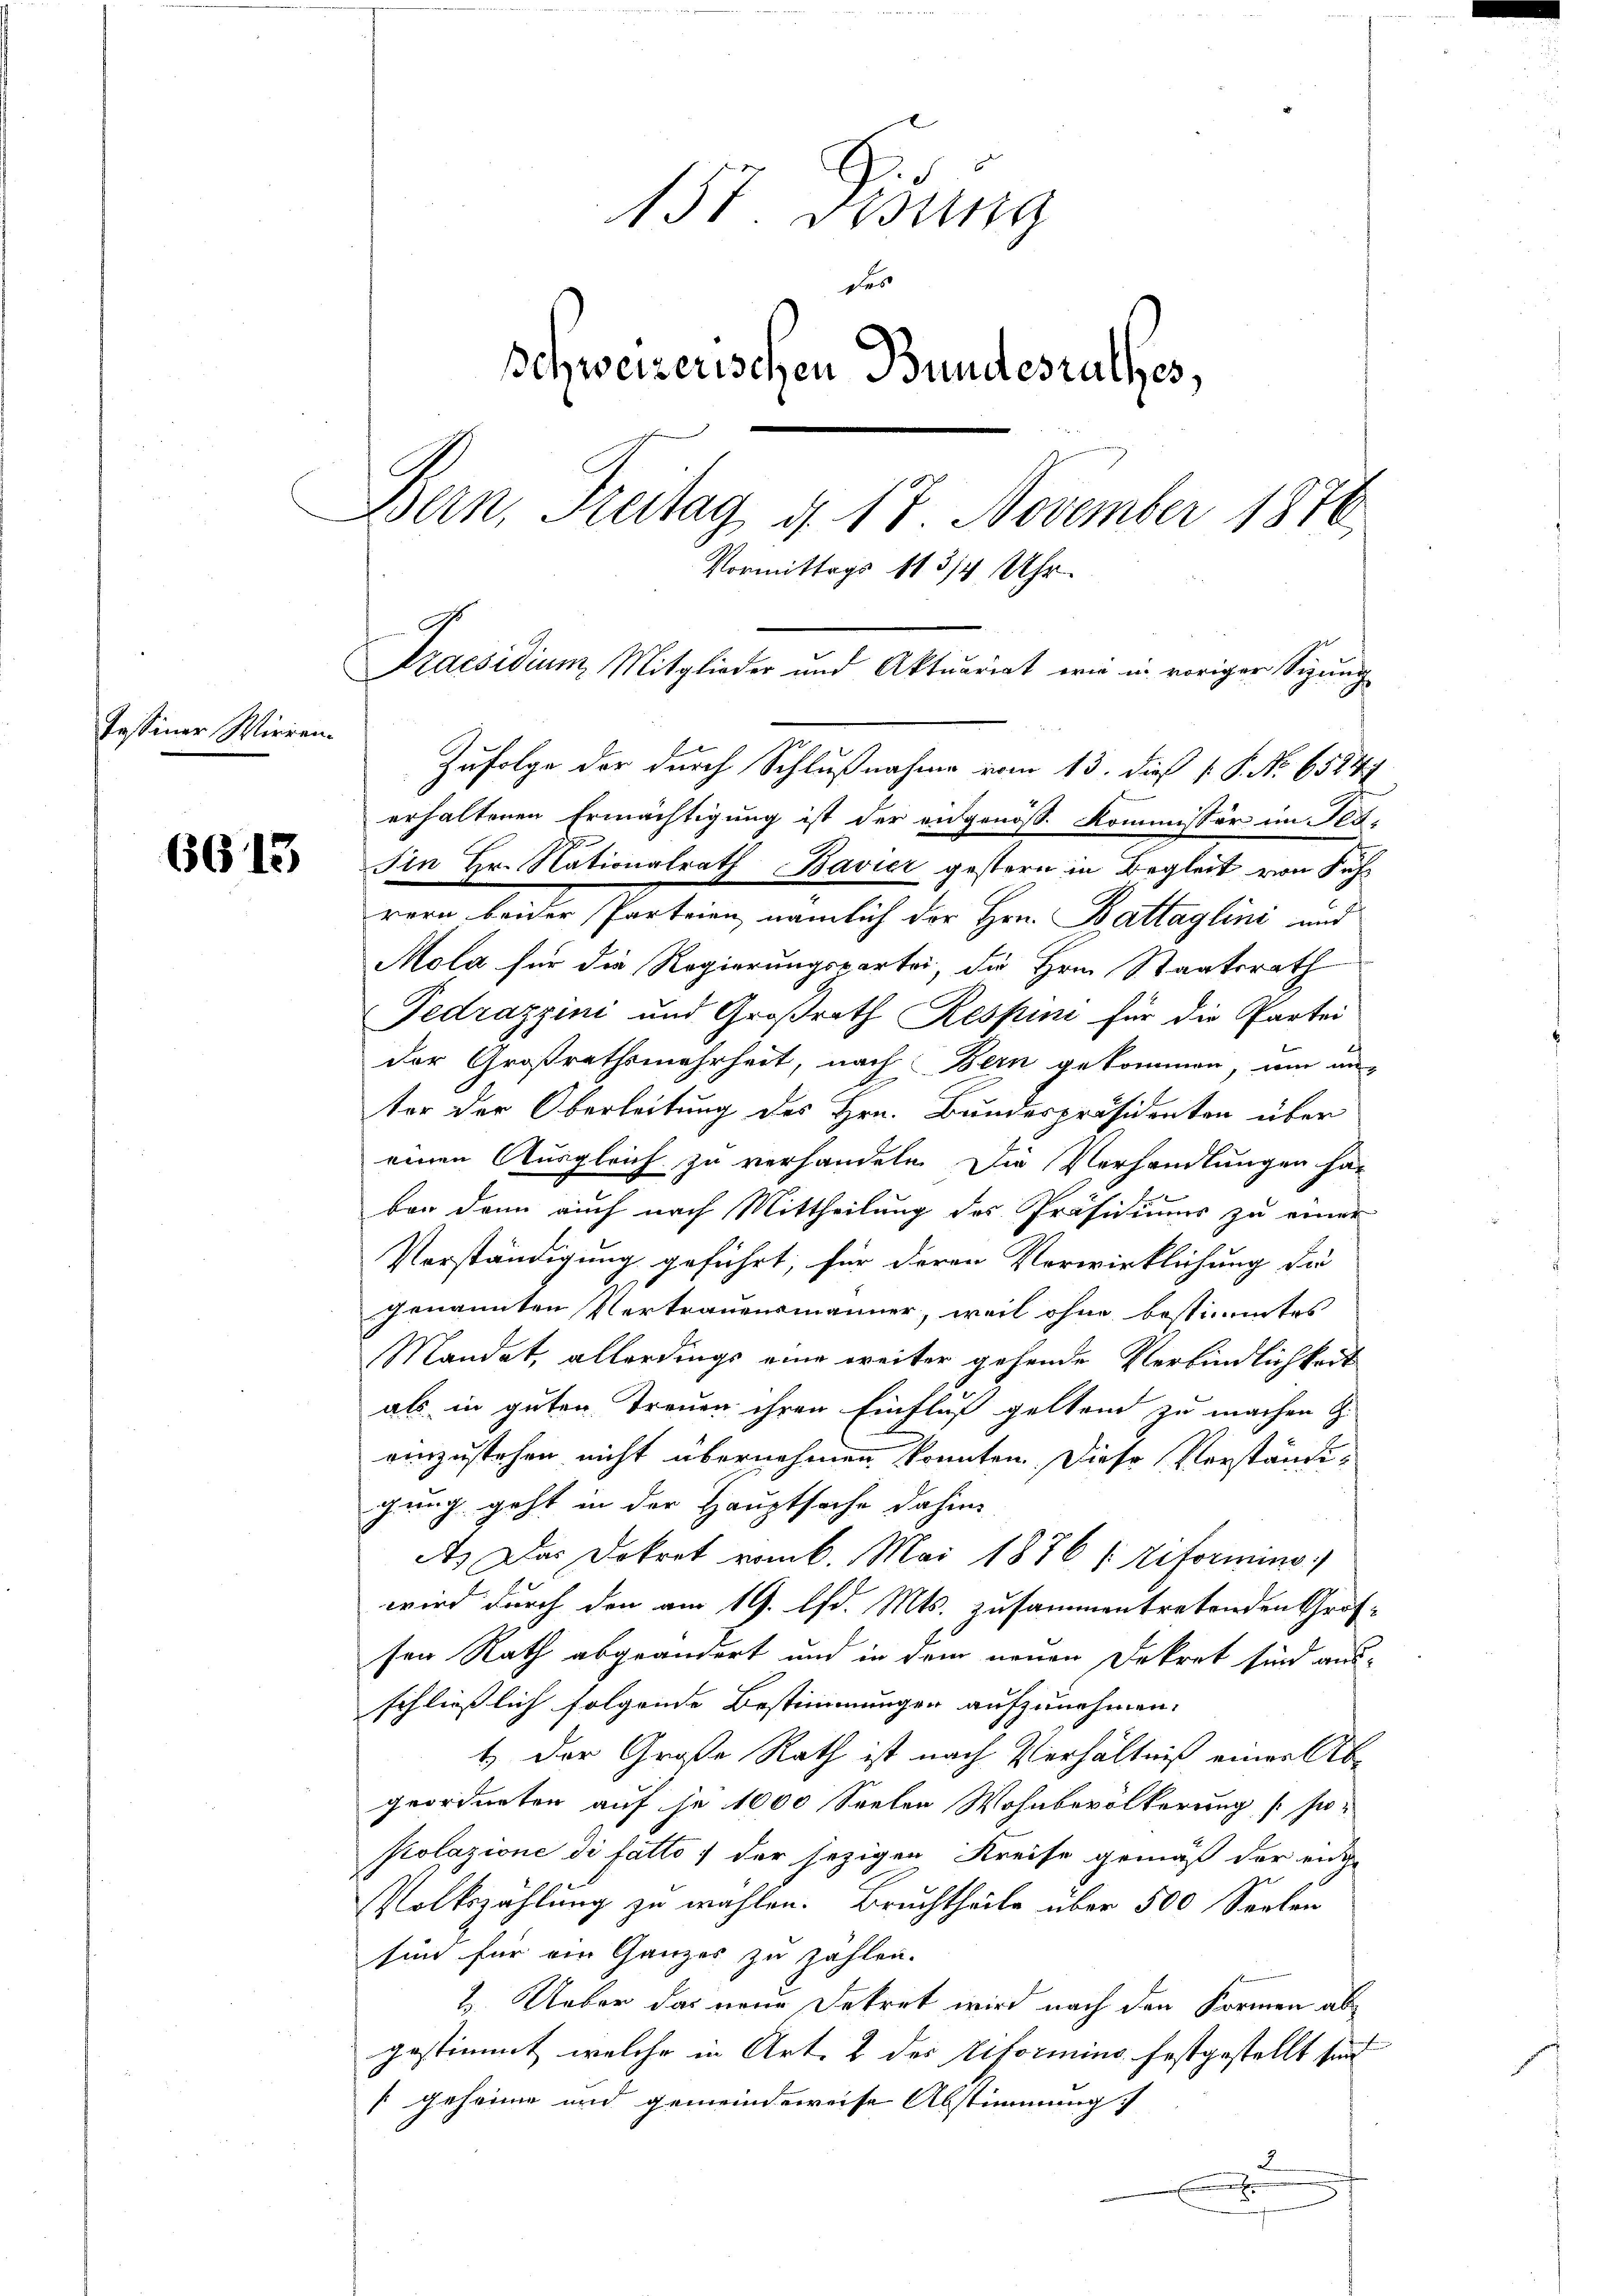
Pessiner Wirren.

6613

15t Ordung
des
schweizerischen Bundesrathes,
Bern, Kreitag d. 17. November 1876
Vormittags 113/4 Uhr.
Praesidium Mitglieder und Aktuariat wie in voriger Sigung

erhaltenen Ermächtigung ist der eidgenös. Kommissär im Pla-
Iin Hr. Nationalrath Bavier gestern in Begleit von Führern beider Parteien, nämlich der Hrn. Battaglini und
Mola für die Regierungspartei, die Hrn. Staatsrath
Fedrazzini und Großrath Respin für die Partei
der Großrathsmehrheit, nach Bern gekommen, um untor der Oberleitung des Hrn. Bundespräsidenten über
einen Ausgleich zu verhandeln. Die Verhandlungen hat
ban dann auch nach Mittheilung des Präsidiums zu einer
Verständigung geführt, für deren Verwirklichung di
genannten Vertrauensmänner, weil ohne bestimmtes
Mandet, allerdings eine weiter gehende Verbindlichkeit
als in guten Treuen ihren Einfluß geltend zu machen G
einzustehen nicht übernehmen konnten. Diese Verständigung geht in der Hauptsache dahin,
A. Das Dokret vom 6. Mai 1876 (: Reformino
wird durch den am 19. d. Mts. zusammentretenden Groß-
sen Rath abgeändert und in dem neuen Dekret sind ausschließlich folgende Bestimmungen aufzunehmen.
1. Der Große Rath ist nach Verhältniß einer Abgeordneten auf je 1000 Seelen Wohnbevölkerung [si¬
Polazione di fatto der jezigen Kreise gemäß der ent-
Volkszählung zu wählen. Bruchtheile über 500 Seelen
sin für ein Ganzes zu zahlen.
2. Ueber das neue Dekret wird nach den Formen abgestimmt, welche in Art. 2 des Erformins festgestellt sein
[geheime und gemeindeweise Abstimmung
E

Zufolge der durch Schlußnahme vom 13. dieß P. P. No 65847